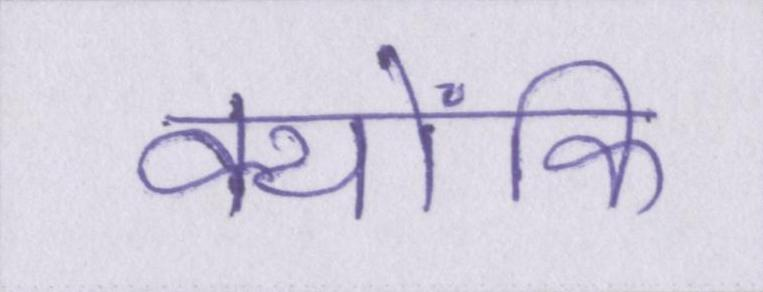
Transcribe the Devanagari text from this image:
क्योंकि